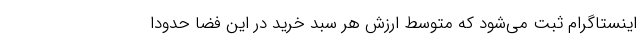
اینستاگرام ثبت می‌شود که متوسط ارزش هر سبد خرید در این فضا حدوداً